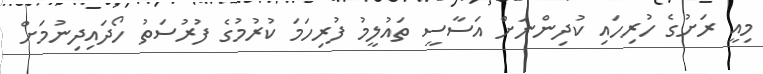
މިއީ ރަށުގެ ހުރިހައި ކުދިންނަށް އަސާސީ ތައުލީމު ފުރިހަމަ ކުރުމުގެ ފުރުސަތު ހޯދައިދިނުމަށް